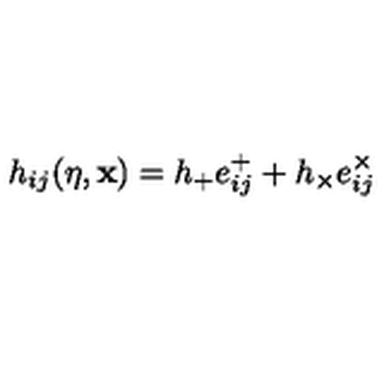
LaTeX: h _ { i j } ( \eta , { \bf x } ) = h _ { + } e _ { i j } ^ { + } + h _ { \times } e _ { i j } ^ { \times } \,